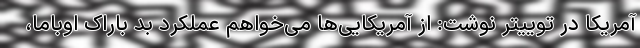
آمریکا در توییتر نوشت: از آمریکایی‌ها می‌خواهم عملکرد بد باراک اوباما،